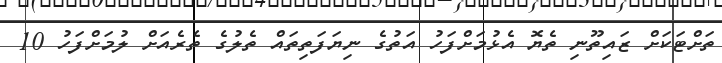
ތަށްޓަކަށް ޒައިތޫނި ތެޔޮ އެޅުމަށްފަހު އަތުގެ ނިޔަފަތިތައް ތެލުގެ ތެރެއަށް ލުމަށްފަހު 10